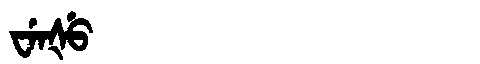
Manchu: ᠸᡝᠨᡧᡠ
Romanization: WENŠU